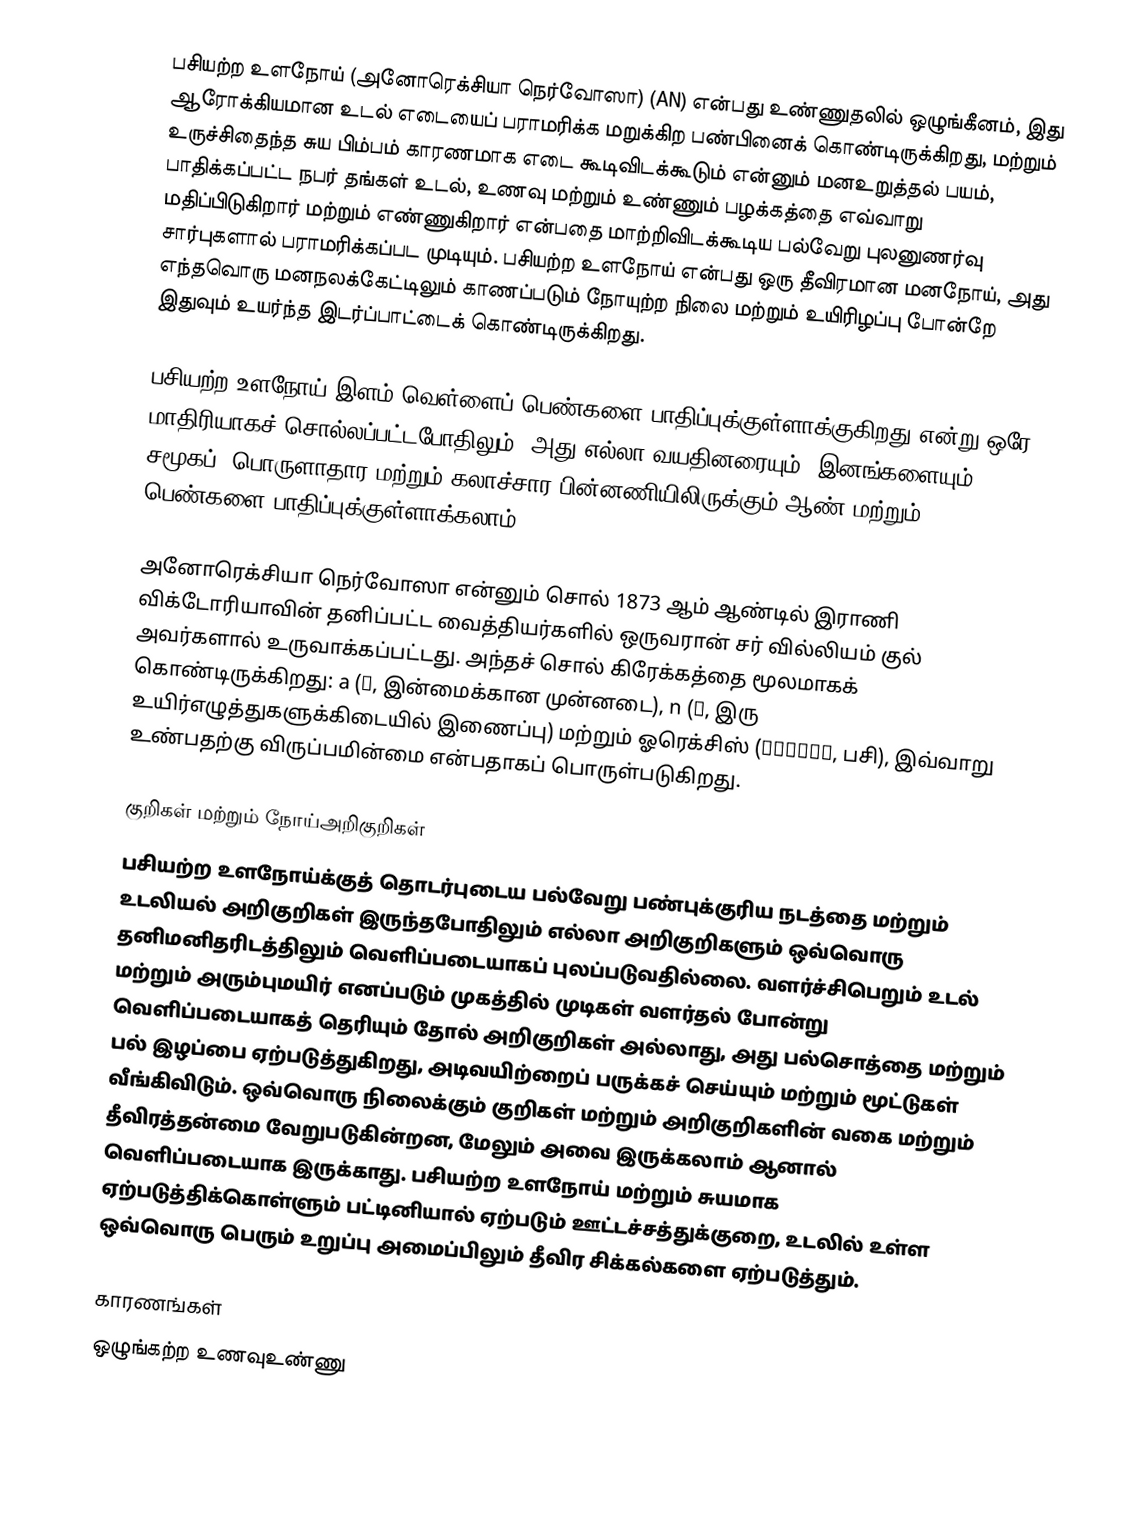
பசியற்ற உளநோய் (அனோரெக்சியா நெர்வோஸா) (AN) என்பது உண்ணுதலில் ஒழுங்கீனம், இது ஆரோக்கியமான உடல் எடையைப் பராமரிக்க மறுக்கிற பண்பினைக் கொண்டிருக்கிறது, மற்றும் உருச்சிதைந்த சுய பிம்பம் காரணமாக எடை கூடிவிடக்கூடும் என்னும் மனஉறுத்தல் பயம், பாதிக்கப்பட்ட நபர் தங்கள் உடல், உணவு மற்றும் உண்ணும் பழக்கத்தை எவ்வாறு மதிப்பிடுகிறார் மற்றும் எண்ணுகிறார் என்பதை மாற்றிவிடக்கூடிய பல்வேறு புலனுணர்வு சார்புகளால் பராமரிக்கப்பட முடியும். பசியற்ற உளநோய் என்பது ஒரு தீவிரமான மனநோய், அது எந்தவொரு மனநலக்கேட்டிலும் காணப்படும் நோயுற்ற நிலை மற்றும் உயிரிழப்பு போன்றே இதுவும் உயர்ந்த இடர்ப்பாட்டைக் கொண்டிருக்கிறது.

பசியற்ற உளநோய் இளம் வெள்ளைப் பெண்களை பாதிப்புக்குள்ளாக்குகிறது என்று ஒரே மாதிரியாகச் சொல்லப்பட்டபோதிலும், அது எல்லா வயதினரையும், இனங்களையும், சமூகப், பொருளாதார மற்றும் கலாச்சார பின்னணியிலிருக்கும் ஆண் மற்றும் பெண்களை பாதிப்புக்குள்ளாக்கலாம்.

அனோரெக்சியா நெர்வோஸா என்னும் சொல் 1873 ஆம் ஆண்டில் இராணி விக்டோரியாவின் தனிப்பட்ட வைத்தியர்களில் ஒருவரான் சர் வில்லியம் குல் அவர்களால் உருவாக்கப்பட்டது. அந்தச் சொல் கிரேக்கத்தை மூலமாகக் கொண்டிருக்கிறது: a (α, இன்மைக்கான முன்னடை), n (ν, இரு உயிர்எழுத்துகளுக்கிடையில் இணைப்பு) மற்றும் ஓரெக்சிஸ் (ορεξις, பசி), இவ்வாறு உண்பதற்கு விருப்பமின்மை என்பதாகப் பொருள்படுகிறது.

குறிகள் மற்றும் நோய்அறிகுறிகள்
பசியற்ற உளநோய்க்குத் தொடர்புடைய பல்வேறு பண்புக்குரிய நடத்தை மற்றும் உடலியல் அறிகுறிகள் இருந்தபோதிலும் எல்லா அறிகுறிகளும் ஒவ்வொரு தனிமனிதரிடத்திலும் வெளிப்படையாகப் புலப்படுவதில்லை. வளர்ச்சிபெறும் உடல் மற்றும் அரும்புமயிர் எனப்படும் முகத்தில் முடிகள் வளர்தல் போன்று வெளிப்படையாகத் தெரியும் தோல் அறிகுறிகள் அல்லாது, அது பல்சொத்தை மற்றும் பல் இழப்பை ஏற்படுத்துகிறது, அடிவயிற்றைப் பருக்கச் செய்யும் மற்றும் மூட்டுகள் வீங்கிவிடும். ஒவ்வொரு நிலைக்கும் குறிகள் மற்றும் அறிகுறிகளின் வகை மற்றும் தீவிரத்தன்மை வேறுபடுகின்றன, மேலும் அவை இருக்கலாம் ஆனால் வெளிப்படையாக இருக்காது. பசியற்ற உளநோய் மற்றும் சுயமாக ஏற்படுத்திக்கொள்ளும் பட்டினியால் ஏற்படும் ஊட்டச்சத்துக்குறை, உடலில் உள்ள ஒவ்வொரு பெரும் உறுப்பு அமைப்பிலும் தீவிர சிக்கல்களை ஏற்படுத்தும்.

காரணங்கள்
ஒழுங்கற்ற உணவுஉண்ணு